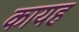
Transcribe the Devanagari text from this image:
कायह